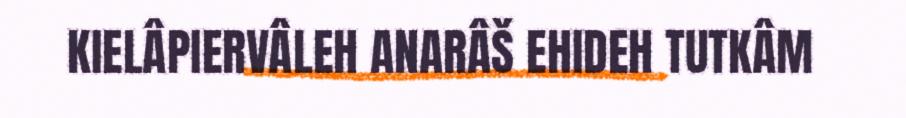
KIELÂPIERVÂLEH ANARÂŠ EHIDEH TUTKÂM